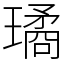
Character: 璚